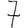
Digit: 7